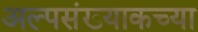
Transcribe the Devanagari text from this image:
अल्पसंख्याकच्या